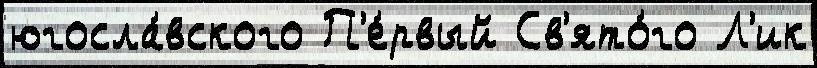
югосла́вского П'е́рвый Св'ято́го Л'ик